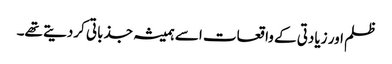
ظلم اور زیادتی کے واقعات اسے ہمیشہ جذباتی کردیتے تھے۔